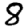
Digit: 8